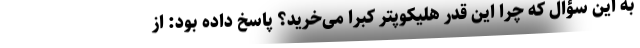
به این سؤال که چرا این قدر هلیکوپتر کبرا می‌خرید؟ پاسخ داده بود: از